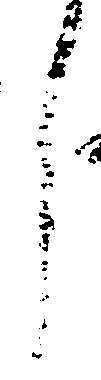
言